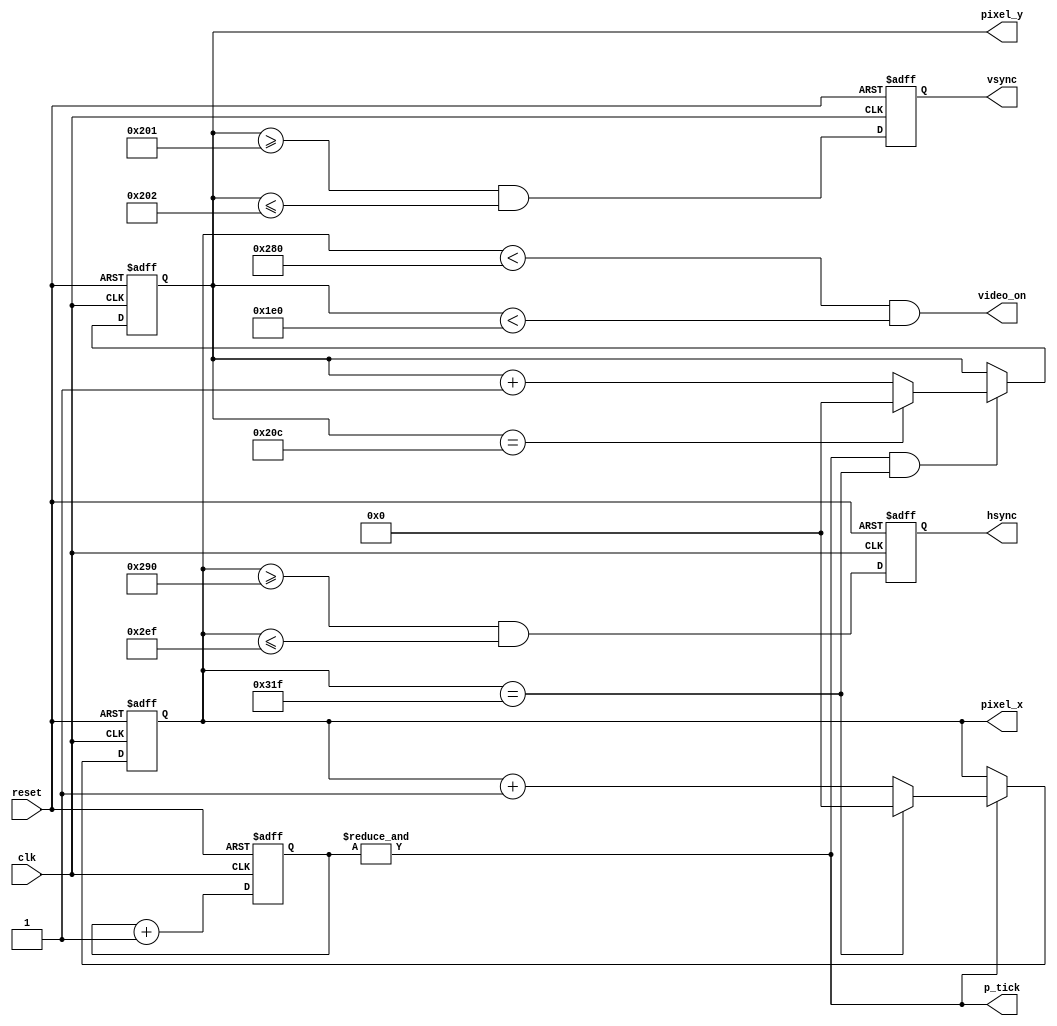
`timescale 1ns / 1ps
//////////////////////////////////////////////////////////////////////////////////
// Company: CalPoly Pomona
// Engineer: 
// 
// Design Name: 
// Module Name: vga_sync
// Project Name: 
// Target Devices: 
// Tool Versions: 
// Description: 
// 
// Dependencies: 
// 
// Revision:
// Revision 0.01 _ File Created
// Additional Comments: modified by Ashot Hambardzumyan to support 100M clock. 
// 
//////////////////////////////////////////////////////////////////////////////////


module vga_sync(
input clk, reset,
output wire hsync, vsync, video_on, p_tick,
output wire [9:0] pixel_x, pixel_y);

// constant decleration
// VGA 640-by-480 sync parameters
localparam HD = 640; // horizontal display area
localparam HF = 48; // h . front (left) border
localparam HB = 16; // h . back (right) border
localparam HR = 96; // h . retrace
localparam VD = 480; // vertical display area
localparam VF = 10; // v . front (top) border
localparam VB = 33; // v . back (bottom) border
localparam VR = 2; // v . retrace

// mod-4 counter
reg [1:0] mod4_reg;
//sync counters
reg [9:0] h_count_reg, h_count_next;
reg [9:0] v_count_reg, v_count_next;
//output buffer
reg v_sync_reg, h_sync_reg;
wire v_sync_next, h_sync_next;
//status signal
wire h_end, v_end, pixel_tick;

// body
// registers
always @(posedge clk, posedge reset)
    if (reset)
        begin
        mod4_reg <= 2'b0;
        v_count_reg <= 0;
        h_count_reg <= 0;
        v_sync_reg <= 1'b0;
        h_sync_reg <= 1'b0;
        end
    else
        begin
        mod4_reg <= mod4_reg + 1;
        v_count_reg <= v_count_next;
        h_count_reg <= h_count_next;
        v_sync_reg <= v_sync_next ;
        h_sync_reg <= h_sync_next ;
        end


//status signal
// end of horizontal counter (799)
assign h_end = (h_count_reg==(HD+HF+HB+HR-1)) ;
// end of vertical counter (524)
assign v_end = (v_count_reg==(VD+VF+VB+VR-1)) ;

//next-state logic of mod-800 horizontal sync counter
always @*
    if (p_tick) // 25 MHz pulse
        if (h_end)
            h_count_next = 0;
        else
            h_count_next = h_count_reg + 1;
    else
        h_count_next = h_count_reg;

//next-state logic of mod-525 vertical sync counter
always @*
    if (p_tick & h_end)
        if (v_end)
            v_count_next = 0;
        else
            v_count_next = v_count_reg + 1;
    else
        v_count_next = v_count_reg;

//horizontal and vertical sync, buffered to avaoid glitch
// h_svnc_next asserted between 656 and 751
assign h_sync_next = (h_count_reg>=(HD+HB) &&
                        h_count_reg<=(HD+HB+HR-1));
// vh_sync_next asserted between 490 and 491
assign v_sync_next = (v_count_reg>=(VD+VB) &&
                        v_count_reg<=(VD+VB+VR-1));
// video on/off
assign video_on = (h_count_reg<HD) && (v_count_reg<VD);

// output
assign hsync = h_sync_reg;
assign vsync = v_sync_reg;
assign pixel_x = h_count_reg;
assign pixel_y = v_count_reg;
assign p_tick = &mod4_reg;  //devide the clock by 4

endmodule